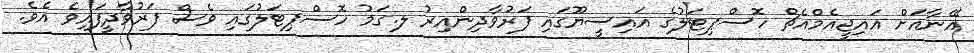
އޭނާއަށް އައިޖީއެމްއެޗް ހޮސްޕިޓަލުގެ އައިސީޔޫގައި ފަރުވާދިންއިރު ލ.ގަމު ހޮސްޕިޓަލުގައި ވެސް ފަރުވާދީފައިވެ އެވެ.